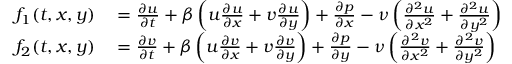
\begin{array} { r l } { f _ { 1 } ( t , x , y ) } & { { } = \frac { \partial u } { \partial t } + \beta \left( u \frac { \partial u } { \partial x } + v \frac { \partial u } { \partial y } \right) + \frac { \partial p } { \partial x } - \nu \left( \frac { \partial ^ { 2 } u } { \partial x ^ { 2 } } + \frac { \partial ^ { 2 } u } { \partial y ^ { 2 } } \right) } \\ { f _ { 2 } ( t , x , y ) } & { { } = \frac { \partial v } { \partial t } + \beta \left( u \frac { \partial v } { \partial x } + v \frac { \partial v } { \partial y } \right) + \frac { \partial p } { \partial y } - \nu \left( \frac { \partial ^ { 2 } v } { \partial x ^ { 2 } } + \frac { \partial ^ { 2 } v } { \partial y ^ { 2 } } \right) } \end{array}